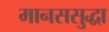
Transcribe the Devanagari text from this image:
मानससुद्धा